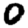
Digit: 0